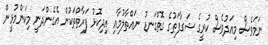
ނަމަވެސް މިއަދުވެސް ކުރީގެ ޝަގާފަތުގެ ގޮތްގަނޑު ނައްތާލުމާއި އިދިކޮޅު ފަރާތްތަކުން އެގެންދަނީ މިކަންމުޅީން